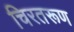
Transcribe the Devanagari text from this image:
चिरतरूण